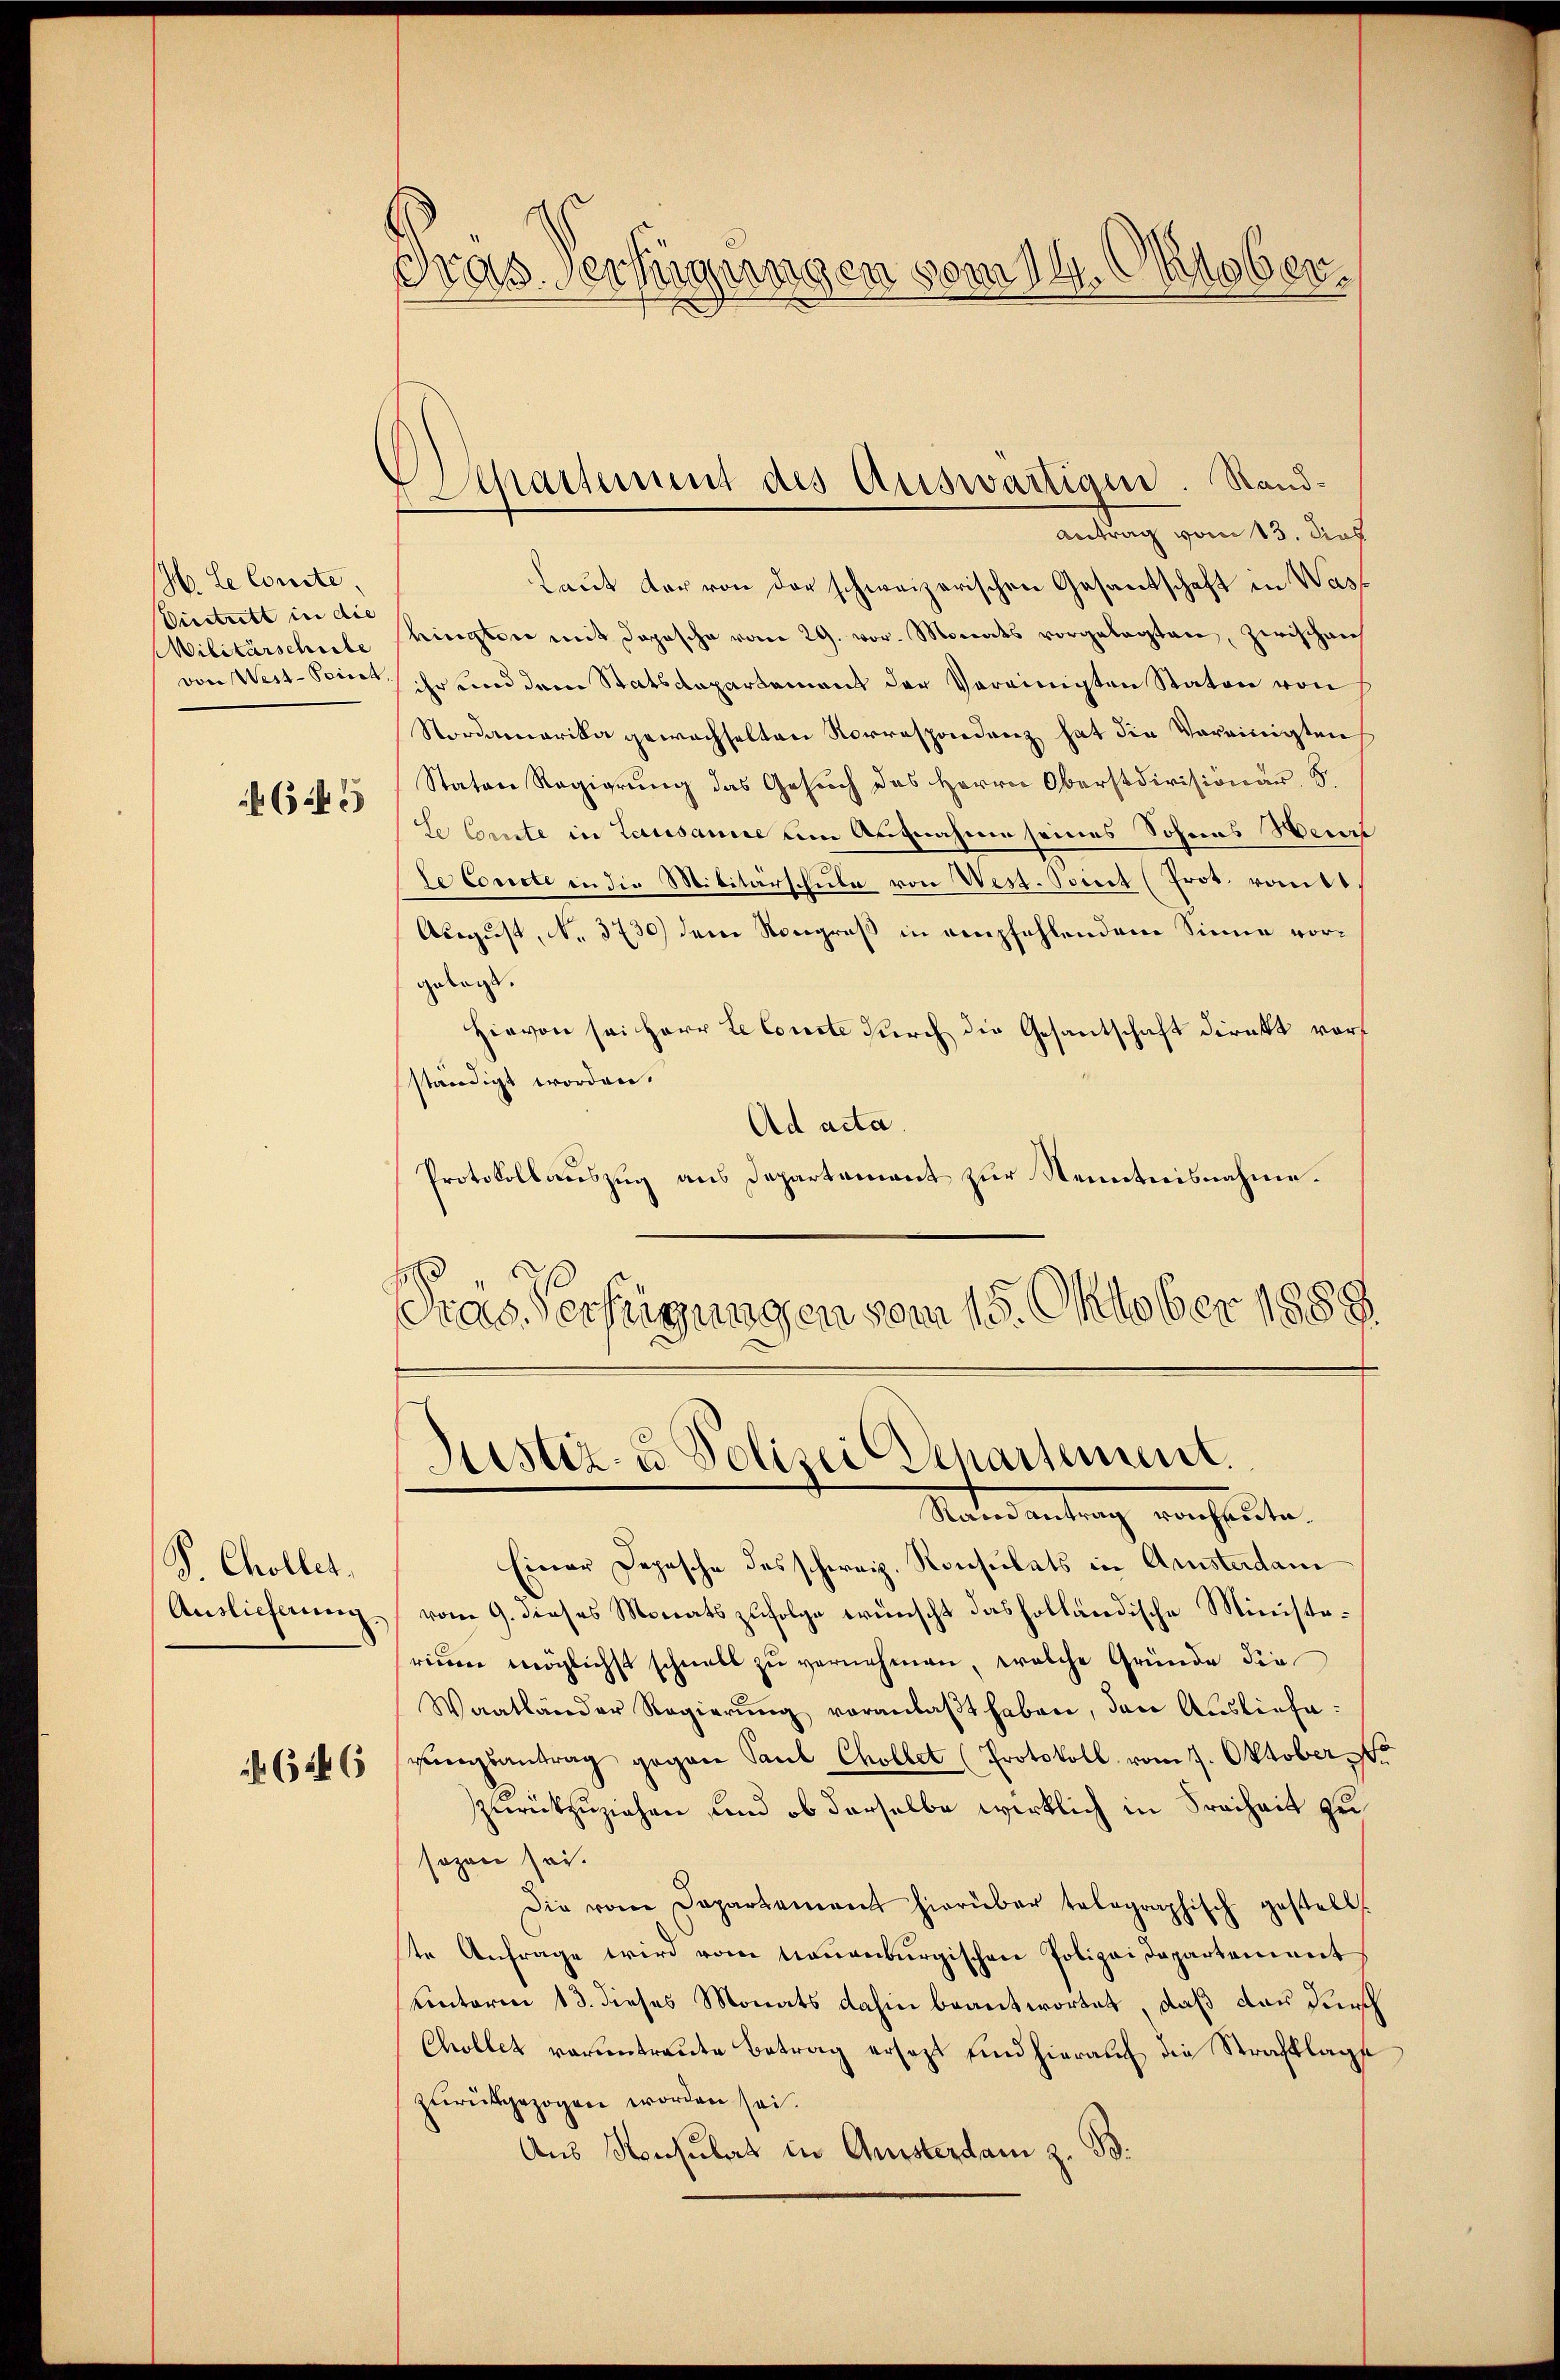
1. Le conste,
Viestritt in die
Militärschule
von West-Soinit

(2

P. Choller.
Auslieferung

646

Pras. Verfügungen vom 14. Oktober.

4 Sparsammt des Auswärtiger. Sand¬
Antrag vom 13. dies

Laut der von der schweizerischen Gesantschaft in Wasringten mit dopische vom 29. vor. Monats vorgelegten, zwischen
ihr und dem Statsdepartement der Vereinigten Staton von
Nordamerika gewachselten Korrespondenz hat die Vereinigten
Staten Regierung das Gesuch des Herrn Oberstdivisionär 5.
te Ernte in Lausanne um Aufnahme seines Sohnes Heur
Se conste in die Militärschule von West. Sonet (Prot. von
August, No. 3730) dem Nougroß in empfehlendem Sinne vorgelegt.
Hievon sei Herr Le conste durch die Gesantschaft direkt vorständigt worden.
Ad acta.
Protokollauszug aus Departement zur Kenntnisnahme.
Pras Verfügungen vom 15. Oktober 1889

Justiz- & Polizei Repartement
Rand antrag von heute,

Einer Depesche des schweiz. Konsulats in Amsterdam
vom 9. dieses Monats zufolge wünscht das holländische Ministereien möglichst schnell zŭ vernehmen, welche Gründe die
Waatländer Regierŭng voranlaβt haben, den Ausliefe:
gŭngsantrag gegen Paul Chollet (Protokoll vom 9. Oktober
zurückzuziehen und ob derselbe wirklich in Freiheit zu
sagen sei.
Die von Departement hierüber telographisch gestellt.
te Anfrage wird vom neuenburgischen Polizei Departement
einterm 13. dieses Monats dahin beantwortet, daß das durch
Chollet verantraute Betrag ersetzt und hierauf die Strafklagte
zurückgezogen worden sei.
Aus Konsulat in Ansterdam z. B.